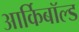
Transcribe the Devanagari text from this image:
आर्किबॉल्ड